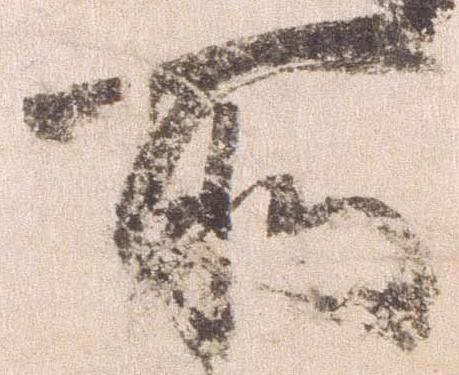
所